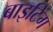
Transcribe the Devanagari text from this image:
बाइटिंग